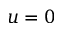
u = 0